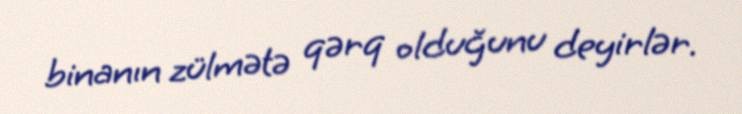
binanın zülmətə qərq olduğunu deyirlər.